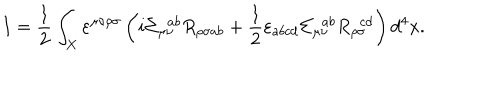
I = \frac { 1 } { 2 } \int _ { X } \varepsilon ^ { \mu \nu \rho \sigma } \left( i \Sigma _ { \mu \nu } ^ { \ \ a b } R _ { \rho \sigma a b } + \frac { 1 } { 2 } \varepsilon _ { a b c d } \Sigma _ { \mu \nu } ^ { \ \ a b } R _ { \rho \sigma } ^ { \ \ c d } \right) d ^ { 4 } x .